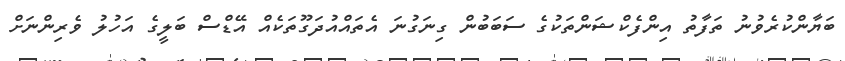
ބަޔާންކުރެވުނު ތަފާތު އިންފެކްޝަންތަކުގެ ސަބަބުން ގިނަގުނަ އެތައްއުދަގޫތަކެއް އޭޑްސް ބަލީގެ އަހުލު ވެރިންނަށް